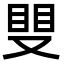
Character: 𥆣